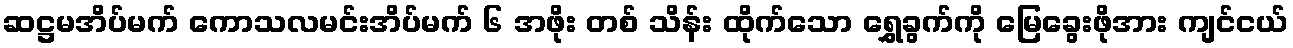
ဆဋ္ဌမအိပ်မက် ကောသလမင်းအိပ်မက် ၆ အဖိုး တစ် သိန်း ထိုက်သော ရွှေခွက်ကို မြေခွေးဖိုအား ကျင်ငယ်